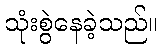
သုံးစွဲနေခဲ့သည်။